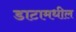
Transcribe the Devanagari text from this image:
डाटामधील